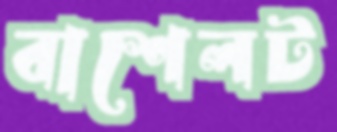
বাশেলট